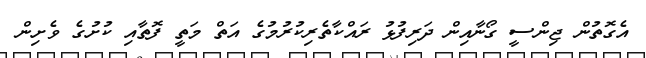
އެގޮތުން ޖިންސީ ގޯނާއިން ދަރިފުޅު ރައްކާތެރިކުރުމުގެ އަތް މަތީ ފޮތާއި ކުށުގެ ވެށިން